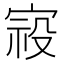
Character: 𰍈